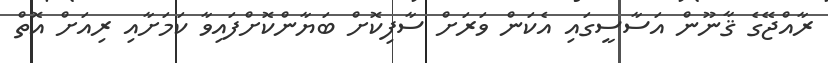
ރާއްޖޭގެ ޤާނޫން އަސާސީގައި އެކަން ވަރަށް ސާފިކޮށް ބަޔާންކޮށްފައިވާ ކަމަށާއި ރިއަށް އޮތް